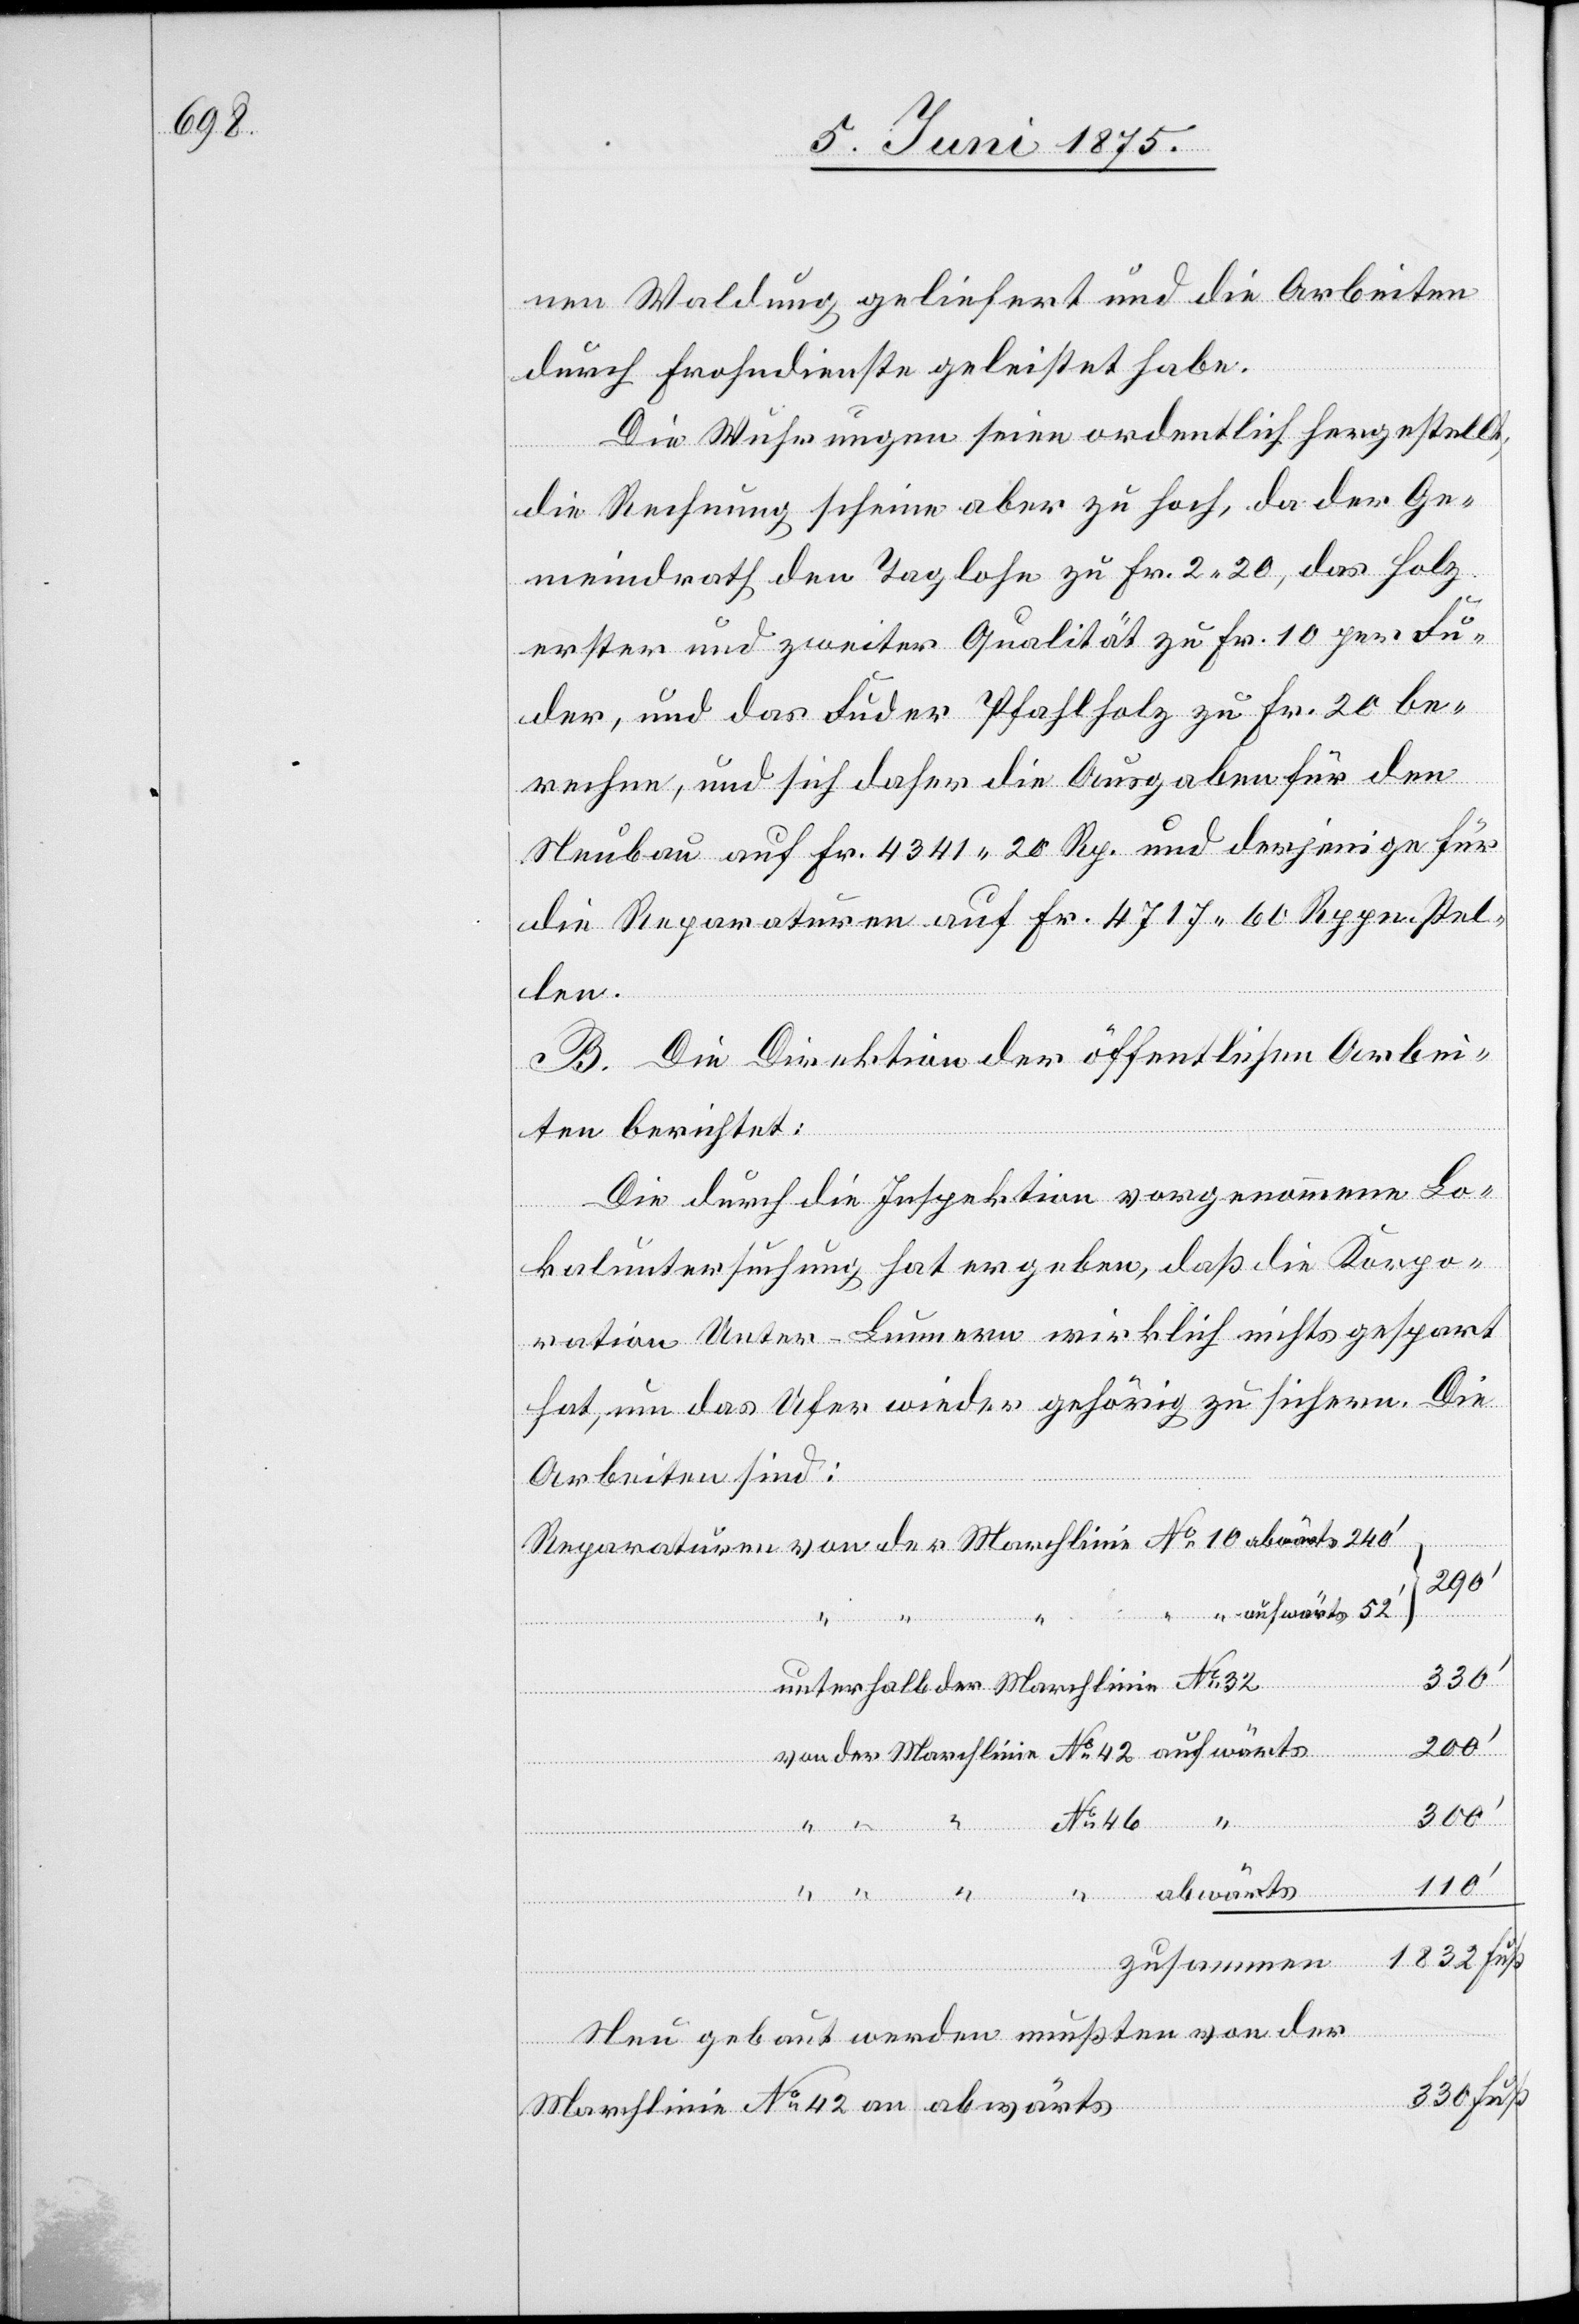
nen Waldung geliefert und die Arbeiten
durch Frohndienste geleistet habe.
Die Wuhrungen seien ordentlich hergestellt;
die Rechnung scheine aber zu hoch, da der Ge¬
meindrath den Taglohn zu Fr. 2 20, das Holz
erster und zweiter Qualität zu Fr. 10 per Fu¬
der, und das Fuder Pfahlholz zu Fr. 20 be¬
rechne, und sich daher die Ausgaben für den
Neubau auf Fr. 4341 20 Rp. und derjenige für
die Reparatur auf Fr. 4717 60 Rppn. stel¬
len.
B. Die Direktion der öffentlichen Arbei¬
ten berichtet:
Die durch die Inspektion vorgenommene Lo¬
kaluntersuchung hat ergeben, daß die Korpo¬
ration Unter-Bunnern wirklich nicht gespart
hat, um das Ufer wieder gehörig zu sichern. Die
Arbeiten sind:
“
290‘
von
330
200‘
“
300‘
abwärts
110‘
Reparaturen
1832 Fuß
zusammen
Neu gebaut werden mußten von der
330 Fuß.
Marchlinie No 42 an abwärts